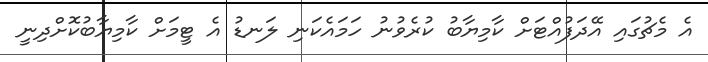
އެ މެޗުގައި އޭދަފުއްޓަށް ކާމިޔާބު ކުރެވުނު ހަމައެކަނި ލަނޑު އެ ޓީމަށް ކާމިޔާބުކޮށްދިނީ